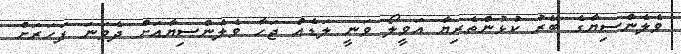
ވެލެންސިޔާގެ ބޭރު ކުޅުންތެރިޔާ އަވީލޯ ވަނީ ލަޑެއް ޖަހާ ވެލެންސިޔާއަށް ދެވަނަ ފަހަރަށް